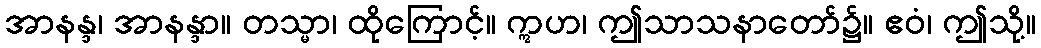
အာနန္ဒ၊ အာနန္ဒာ။ တသ္မာ၊ ထိုကြောင့်။ ဣဟ၊ ဤသာသနာတော်၌။ ဧဝံ၊ ဤသို့။